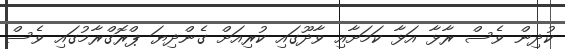
ކުދިން ވެސް ރާޅާ އަޅާ ކަމަށާއި ވާދޫގައި ކުރިއަށް ގެންދިޔަ ޕްރޮގްރާމުގައި ވެސް